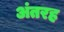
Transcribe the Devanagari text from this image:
अंतरह